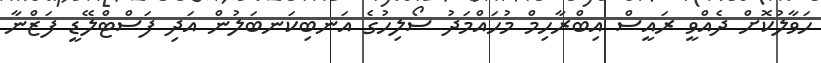
ހަވާލުކޮށް ދެއްވީ ރައީސް އިބްރާހިމް މުހައްމަދު ސޯލިހުގެ އަނބިކަނބަލުން އަދި ފަސްޓްލޭޑީ ފަޒްނާ